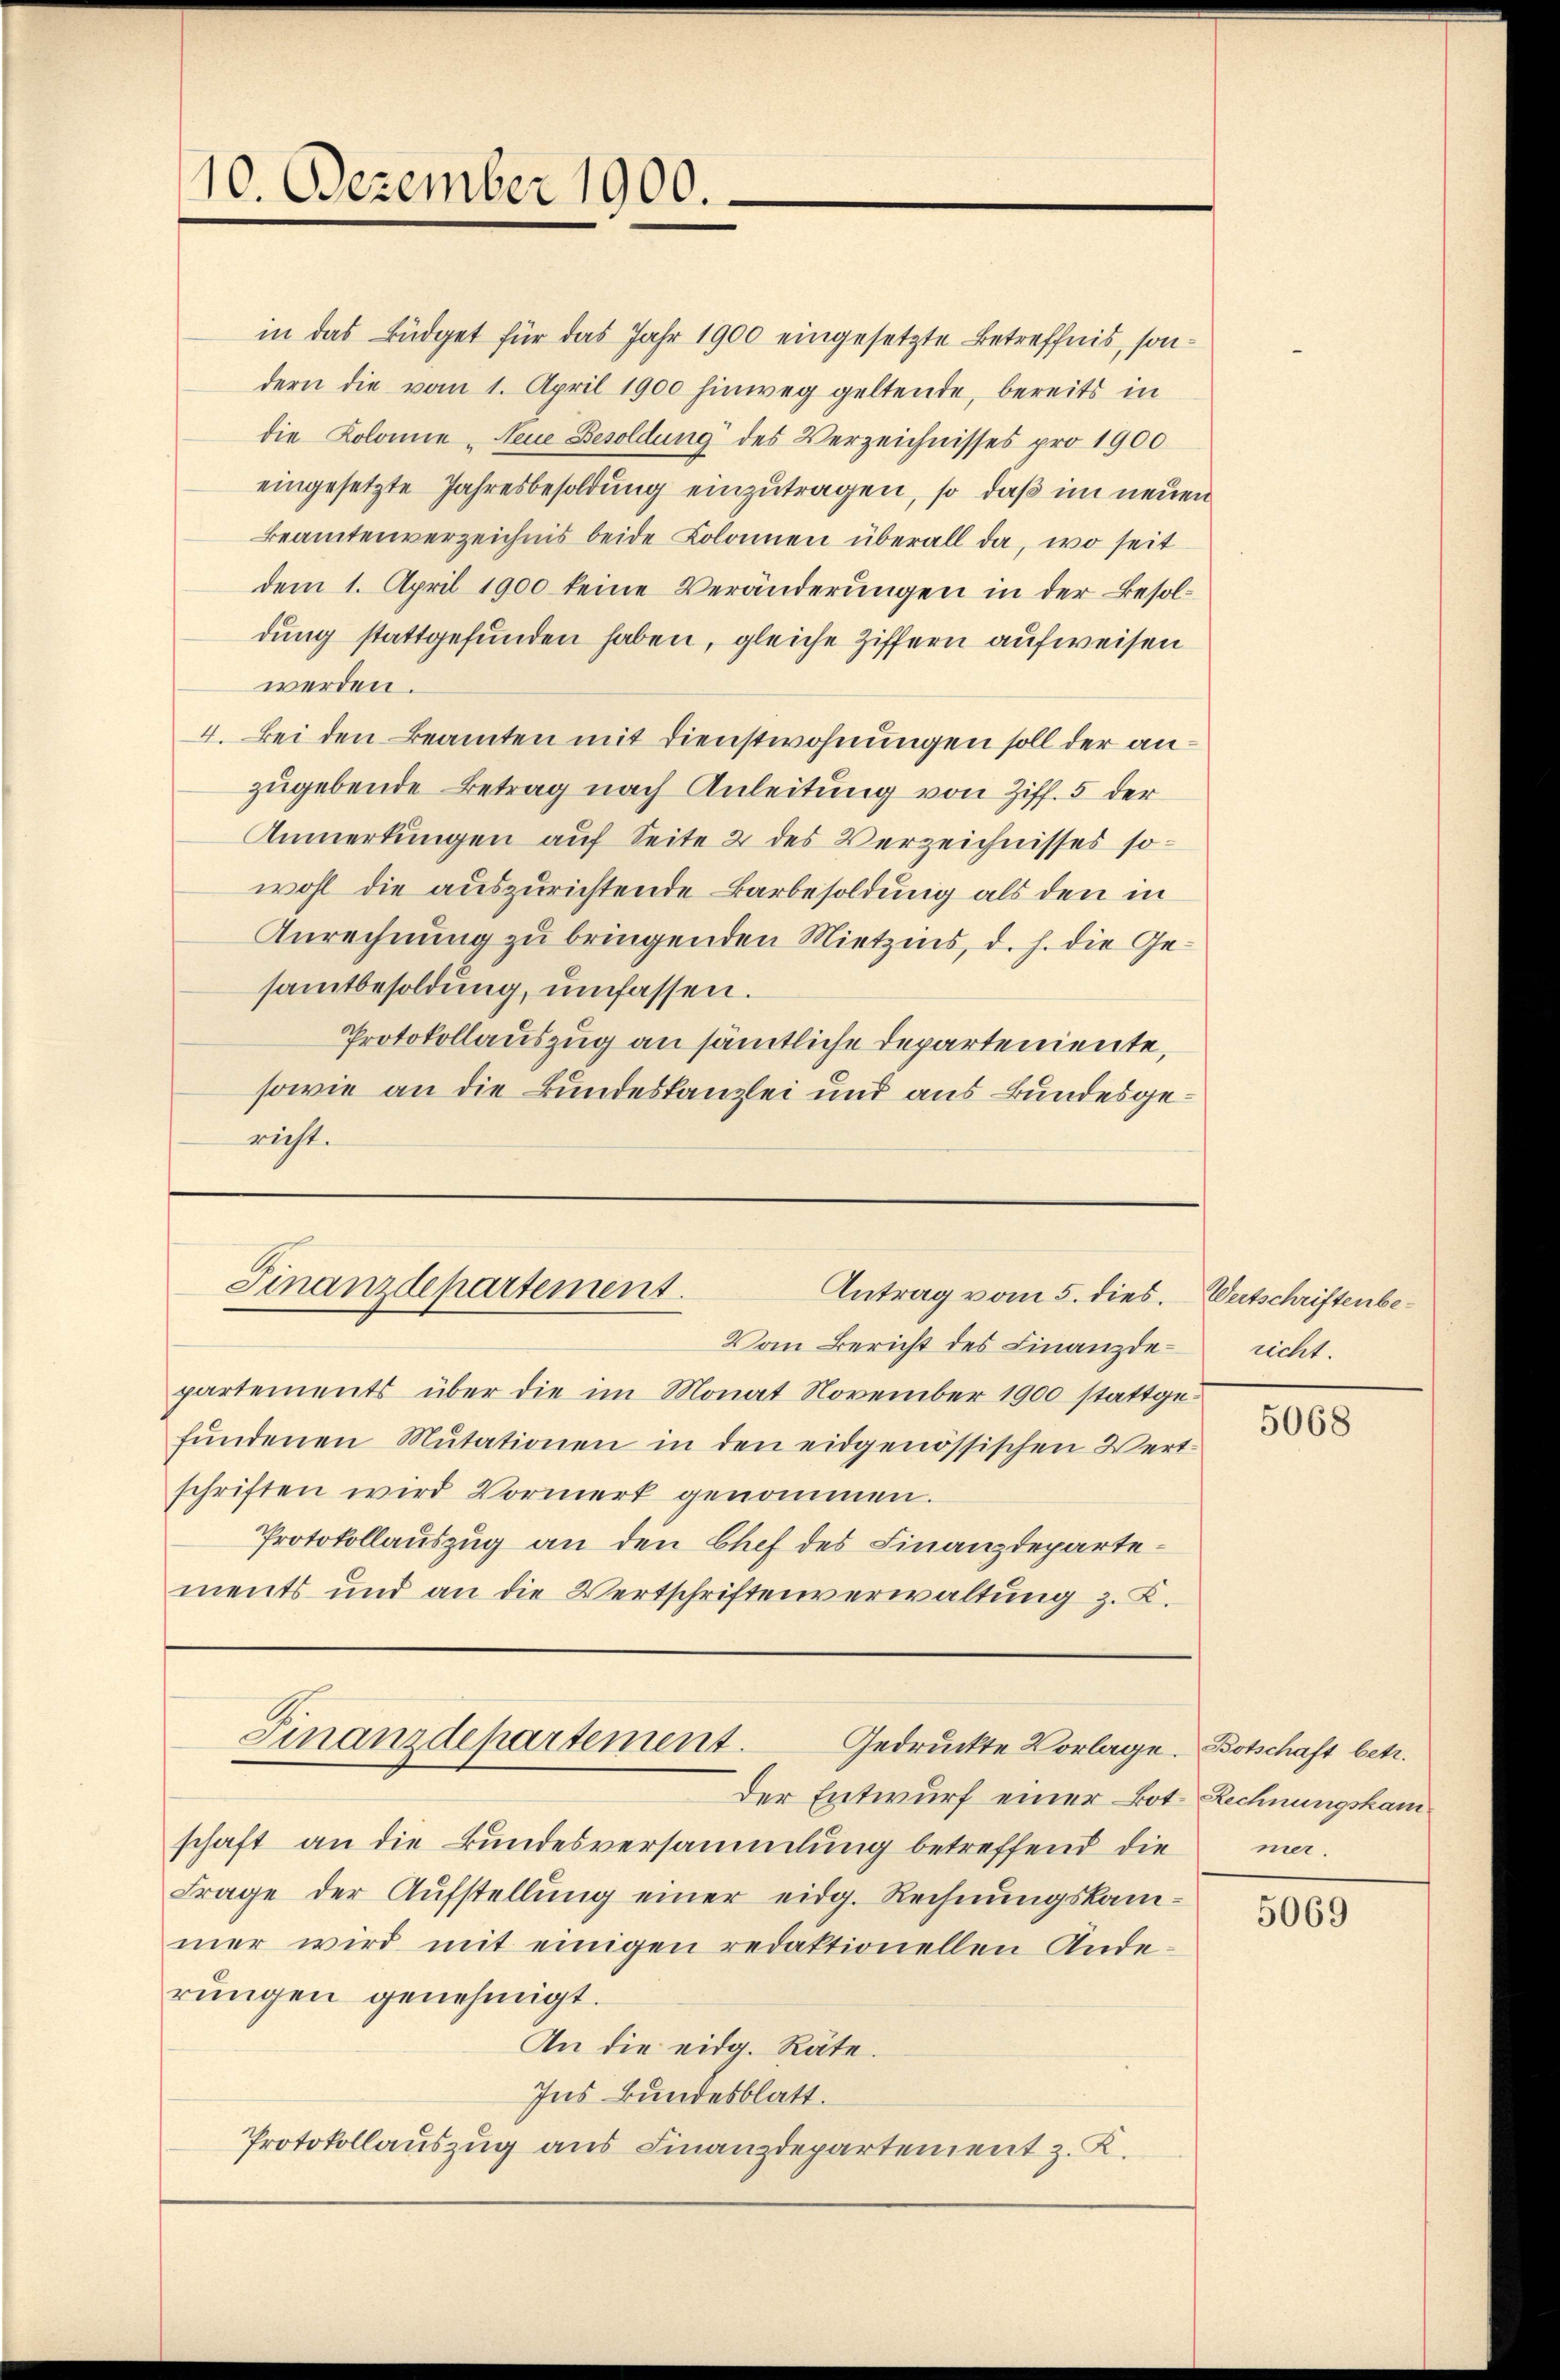
10. Dezember 1900.

in das Büdget für das Jahr 1900 eingesetzte Betreffnis, sondern die vom 1. April 1900 hinweg geltende, bereits in
die Kolonie - Neue Besoldung des Verzeichnisses pro 1900
eingesetzte Jahresbesoldung einzutragen, so daß im neuen
Beamtenverzeichnis beide Kolonnen überall da, wo seit
dem 1. April 1900 keine Veränderungen in der Besoldung stattgefunden haben, gleiche Ziffern aufweisen
werden.
4. Bei den Beamten mit Dienstwohnungen soll der anzugebende Betrag nach Anleitung von Ziff. 5 der
Anmerkungen auf Seite 2 des Verzeichnisses sowohl die auszurichtende Barbesoldung als den in
Anrechnung zu bringenden Mietzins, d. h. die Gesamtbesoldung, umfassen.
Protokollauszug an sämtliche Departemente,
sowie an die Bundeskanzlei und aus Bundesgericht.

Vom Bericht des Finanzdepartements über die im Monat November 1900 stattgefŭndenen Mutationen in den eidgenössischen Wert-
schriften wird Vormerk genommen.
Protokollauszug an den Chef des Finanzdepartements und an die Wertschriftenverwaltung z. B.

Finanzdepartement.
Antrag vom 5. dies.

Der Entwurf einer Bot. Rechnungskamschaft an die Bundesversammlung betreffend die
Frage der Aufstellung einer eidg. Rechnungskammer wird mit einigen redaktionellen Ande
rungen genehmigt.
An die eidg. Räte.
Ins Bundesblatt.
Protokollauszug aus Finanzdepartement z. K.

Finanzdepartement.
Gedruckte Vorlage. Botschaft betr.

Wertschriftenbe-
richt.

5068

mer.

5069